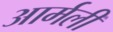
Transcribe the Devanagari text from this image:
आर्मली